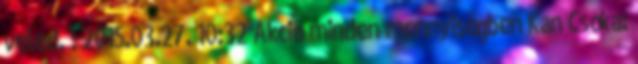
veled. : 2015.03.27. 10:32 Akció minden mennyiségben Kan Csóka: